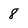
Character: 8